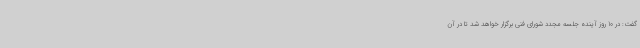
گفت: در 10 روز آینده جلسه مجدد شورای فنی برگزار خواهد شد تا در آن